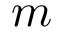
m